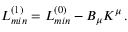
{ \cal L } _ { m i n } ^ { ( 1 ) } = { \cal L } _ { m i n } ^ { ( 0 ) } - B _ { \mu } K ^ { \mu } \, .